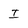
Character: I